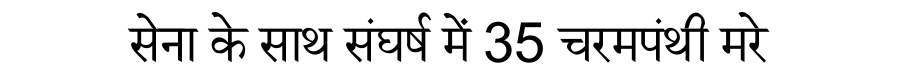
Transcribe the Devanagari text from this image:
सेना के साथ संघर्ष में 35 चरमपंथी मरे